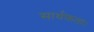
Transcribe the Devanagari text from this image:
सार्थकता।